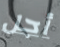
أجل